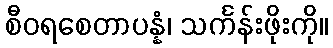
စီဝရစေတာပန္နံ၊ သင်္ကန်းဖိုးကို။